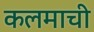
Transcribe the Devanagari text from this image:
कलमाची